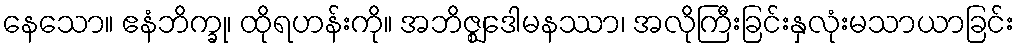
နေသော။ ဧနံဘိက္ခု၊ ထိုရဟန်းကို။ အဘိဇ္ဈဒေါမနဿာ၊ အလိုကြီးခြင်းနှလုံးမသာယာခြင်း